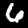
Label: 6